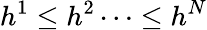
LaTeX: h^{1}\leq h^{2}\dots\leq h^{N}